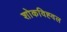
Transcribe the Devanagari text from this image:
शोकविह्वल